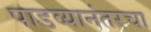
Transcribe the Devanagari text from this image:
पाडव्यानंतरचा